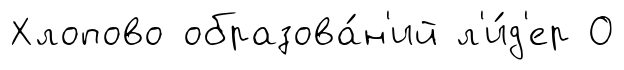
Хлопово образова́н'ий л'и́д'ер О